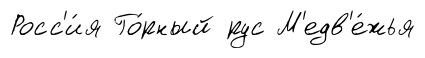
Росс'и́я Го́рный рус М'едв'е́жья